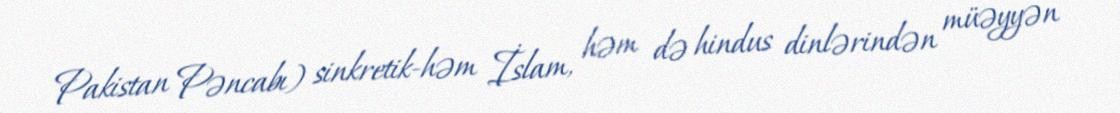
Pakistan Pəncabı) sinkretik-həm İslam, həm də hindus dinlərindən müəyyən